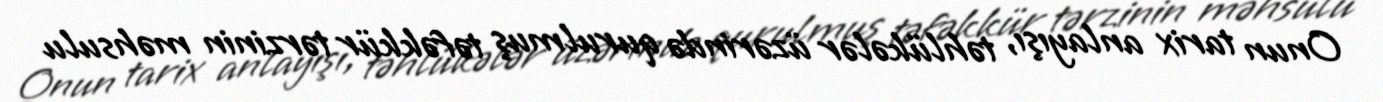
Onun tarix anlayışı, təhlükələr üzərində qurulmuş təfəkkür tərzinin məhsulu